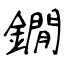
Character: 鐗